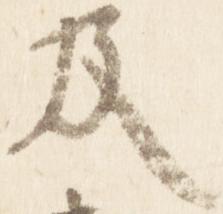
及